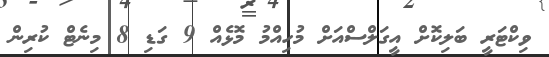
ވިކްޓަރީ ބަލިކޮށް އީގަލްސްއަށް މުހިއްމު މޮޅެއް 9 ގަޑި 8 މިނެޓް ކުރިން